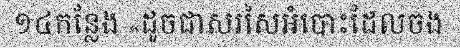
១៤កន្លែង «ដូចជាសរសៃអំបោះដែលចង